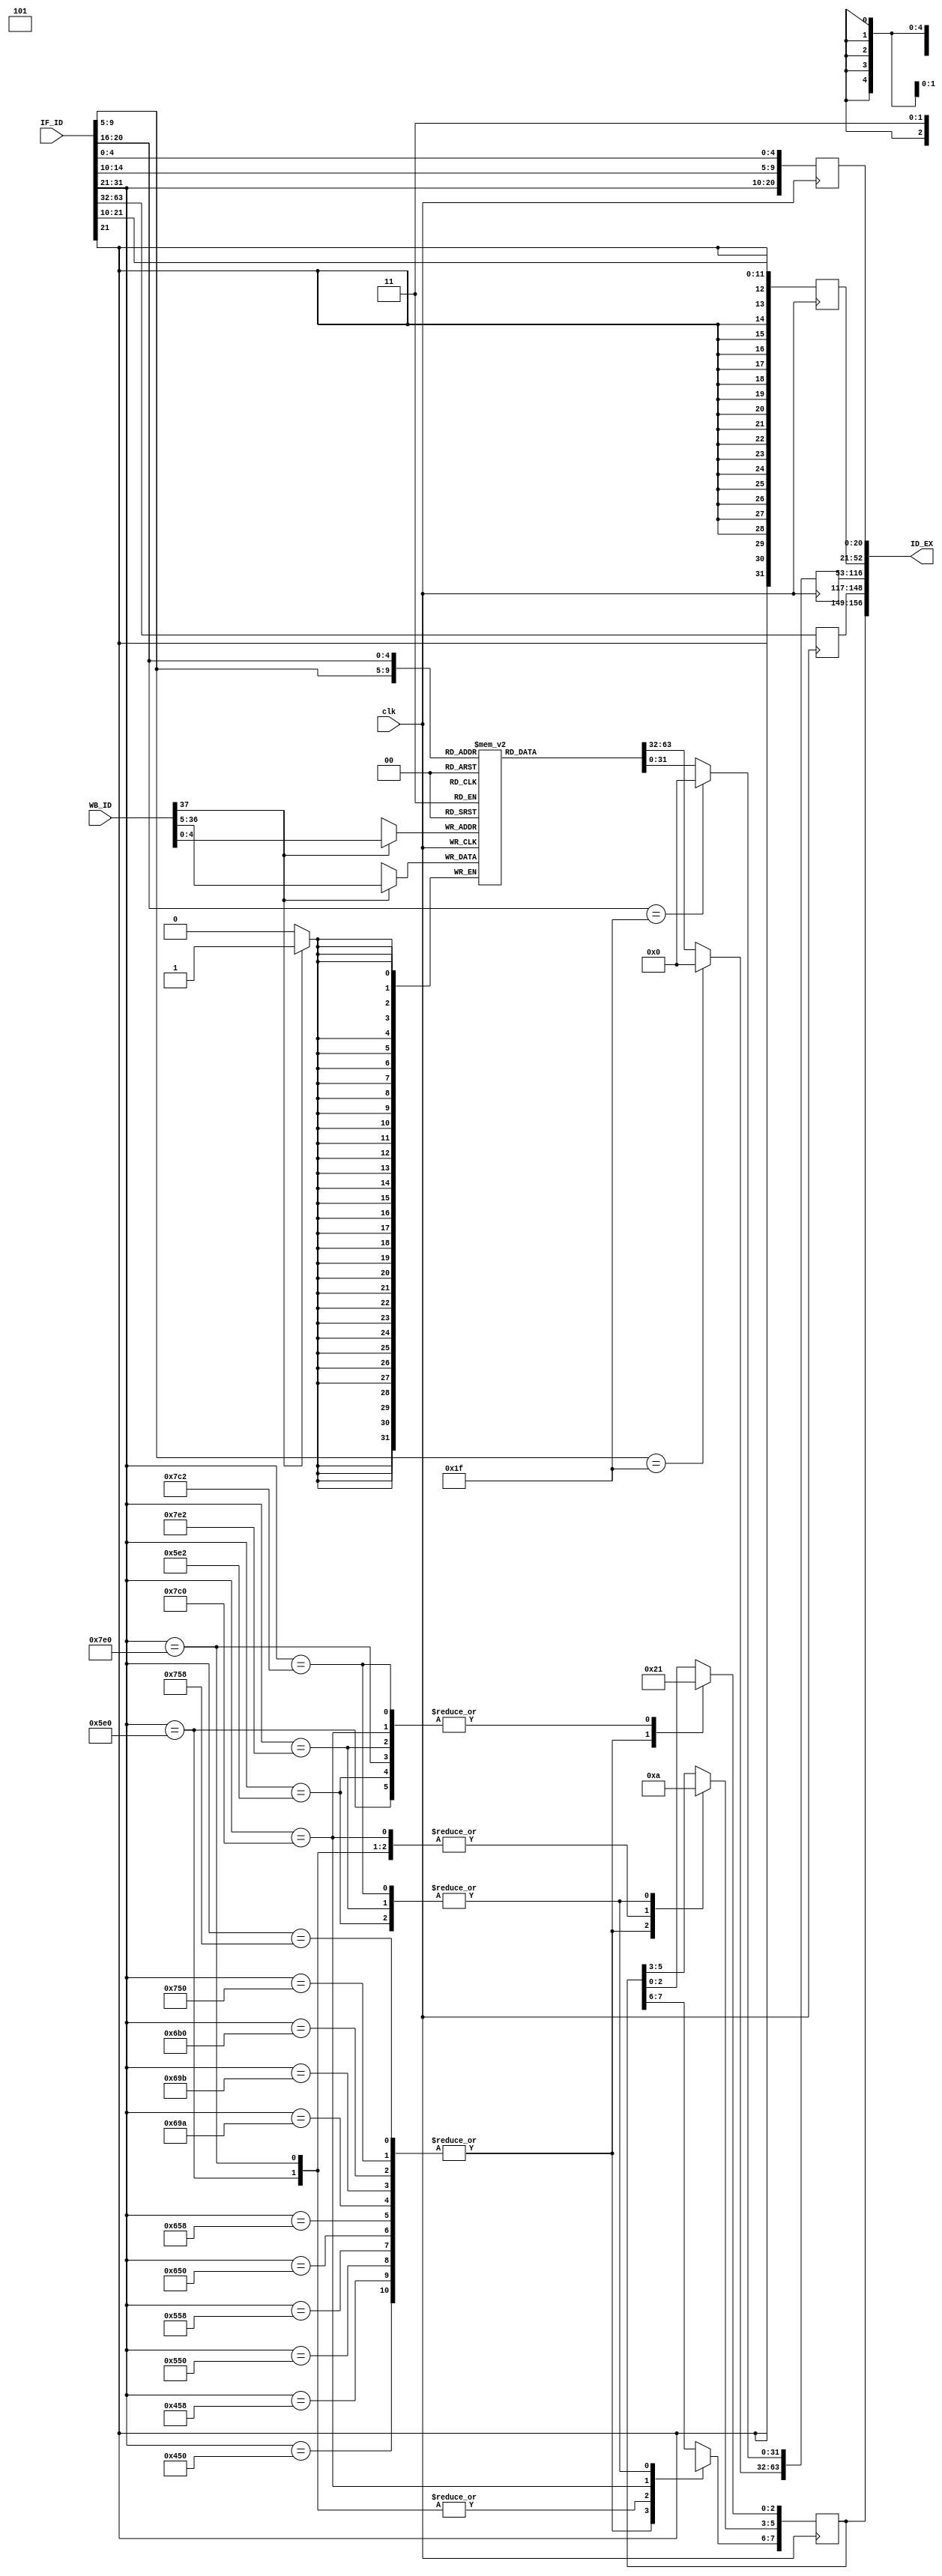
module Obsidian_Decode_Stage(ID_EX, IF_ID, WB_ID, clk);
	output reg [156:0] ID_EX;	//ID_EX[156] RegWrite line
								//ID_EX[155] MemtoReg
								//ID_EX[154] Branch
								//ID_EX[153] MemRead
								//ID_EX[152] MemWrite
								//ID_EX[151] AlUop1
								//ID_EX[150] ALUop0
								//ID_EX[149] ALUSrc
								//ID_EX[148:117] PC value used for calculating Branch address
								//ID_EX[116:85] data from address R[n]
								//ID_EX[84:53] data from address R[m]
								//ID_EX[52:21] sign-extension (going to redesign it to accomodate our needs for now
								// 			   and not follow the book)
								//ID_EX[20:10] instruction for ALU
								//ID_EX[9:5] shift amount for shifter (not included in book diagram)
								//ID_EX[4:0] destination address R[d] or R[t]							
	input [63:0]IF_ID;		//This will be the 32-bit instruction coming into the Decode Stage
							//along with passing the branch addition value
                            
    input [37:0] WB_ID;         // WB_ID[37]    RegWrite 
                                // WB_ID[36:5]  Data
                                // WB_ID[4:0]   Write address

    
	input clk;
	
	
	//----------------------------------------------------------
	//GENERAL PURPOSE REGISTER
	reg [31:0] GPR [0:30];
	
	initial
		begin
		GPR[0] = 32'h0000_0001;
		GPR[1] = 32'h0000_0002;
		GPR[2] = 32'h0000_0003;
		end
	
	always @ (posedge clk)
	begin
		ID_EX[116:85] <= (IF_ID[9:5] == 31) ? 0 : GPR[IF_ID[9:5]];   //R[n] (Read Register 1)
		ID_EX[84:53] <= (IF_ID[20:16] == 31) ? 0 : GPR[IF_ID[20:16]];	//R[m] (Read Register 2)
		
		//Reg2Loc is IF_ID[28] for determining D and CB commands
        // if (IF_ID[28] == 0)  
        // begin                                
            // ID_EX[84:53] <= (IF_ID[20:16] == 31) ? 0 : GPR[IF_ID[20:16]];	//R[m] (Read Register 2)
        // end
        // if(IF_ID[28] == 1)
		// begin
            // ID_EX[84:53] <= (IF_ID[20:16] == 31) ? 0 : GPR[IF_ID[4:0]];     //R[t] 
        // end
        
	end
	//----------------------------------------------------------
	
	
	//----------------------------------------------------------
	//GPR WRITE BACK FROM WRITEBACK Stage
	always @ (posedge clk)
	begin
        if (WB_ID[37] == 1)
		begin																
            GPR[WB_ID[4:0]] <= WB_ID[36:5];
			$display("GPR is %b", GPR[WB_ID[4:0]]);
		end
	end
	//----------------------------------------------------------
	
	

	
	//----------------------------------------------------------
	//CONTROL UNIT
	//This will determine the control settings for the 8 MSB in ID_EX
	always @ (posedge clk)
	begin
		//*****R-TYPE COMMANDS********************
		casex(IF_ID[31:21])
			11'h450:begin					//AND
			ID_EX[156:155] <= 2'b10; 		//RegWrite is HIGH - MemtoReg is LOW														
			ID_EX[154:152] <= 3'b000;		//Branch is LOW - MemRead is LOW - MemWrite is LOW														
			ID_EX[151:149] <= 3'b100;		//ALUop1 is HIGH - ALUop0 is LOW - ALUSrc is LOW														
			end
	
			11'h458:begin					//ADD
			ID_EX[156:155] <= 2'b10; 		//RegWrite is HIGH - MemtoReg is LOW												
			ID_EX[154:152] <= 3'b000;		//Branch is LOW - MemRead is LOW - MemWrite is LOW												
			ID_EX[151:149] <= 3'b100;		//ALUop1 is HIGH - ALUop0 is LOW - ALUSrc is LOW												
			end
			
			11'h550:begin					//ORR
			ID_EX[156:155] <= 2'b10; 		//RegWrite is HIGH - MemtoReg is LOW															
			ID_EX[154:152] <= 3'b000;		//Branch is LOW - MemRead is LOW - MemWrite is LOW															 
			ID_EX[151:149] <= 3'b100;		//ALUop1 is HIGH - ALUop0 is LOW - ALUSrc is LOW															
			end

			11'h558:begin					//ADDS
			ID_EX[156:155] <= 2'b10;		//RegWrite is HIGH - MemtoReg is LOW
			ID_EX[154:152] <= 3'b000;		//Branch is LOW - MemRead is LOW - MemWrite is LOW
			ID_EX[151:149] <= 3'b100;		//ALUop1 is HIGH - ALUop0 is LOW - ALUSrc is LOW
			end
			
			11'h5E0:begin					//STURS - Store Word
			ID_EX[156:155] <= 2'b1X;		//RegWrite is HIGH - MemtoReg is DON'T CARE as this is a store command
			ID_EX[154:152] <= 3'b001;		//Branch is LOW - MemRead is low - MemWrite is HIGH
			ID_EX[151:149] <= 3'b001;		//ALUop1 is LOW - ALUop0 is LOW - ALUSrc is HIGH
			end
			
			11'h5E2:begin					//LDURS - Load Word
			ID_EX[156:155] <= 2'b11;		//RegWrite is HIGH - MemtoReg is HIGH
			ID_EX[154:152] <= 3'b010;		//Branch is LOW - MemRead is HIGH - MemWrite is LOW
			ID_EX[151:149] <= 3'b001;		//ALUop1 is LOW - ALUop0 is LOW - ALUSrc is HIGH
			end
			
			11'h650:begin					//EOR (XOR) - Exclusive
			ID_EX[156:155] <= 2'b10;  		//RegWrite is HIGH - MemtoReg is LOW													
			ID_EX[154:152] <= 3'b000; 		//Branch is LOW - MemRead is LOW - MemWrite is LOW													 
			ID_EX[151:149] <= 3'b100; 		//ALUop1 is HIGH - ALUop0 is LOW - ALUSrc is LOW													 
			end
					
			11'h658:begin					//SUB - Subtract
			ID_EX[156:155] <= 2'b10;  		//RegWrite is HIGH - MemtoReg is LOW				
			ID_EX[154:152] <= 3'b000; 		//Branch is LOW - MemRead is LOW - MemWrite is LOW
			ID_EX[151:149] <= 3'b100; 		//ALUop1 is HIGH - ALUop0 is LOW - ALUSrc is LOW	
			end
			
			11'h69A:begin					//LSR - Logic Shift Right
			ID_EX[156:155] <= 2'b10;  		//RegWrite is HIGH - MemtoReg is LOW				
			ID_EX[154:152] <= 3'b000; 		//Branch is LOW - MemRead is LOW - MemWrite is LOW
			ID_EX[151:149] <= 3'b100; 		//ALUop1 is HIGH - ALUop0 is LOW - ALUSrc is LOW	
			end
			
			11'h69B:begin					//LSL - Logic Shift Left
			ID_EX[156:155] <= 2'b10;  		//RegWrite is HIGH - MemtoReg is LOW				
			ID_EX[154:152] <= 3'b000; 		//Branch is LOW - MemRead is LOW - MemWrite is LOW
			ID_EX[151:149] <= 3'b100; 		//ALUop1 is HIGH - ALUop0 is LOW - ALUSrc is LOW	
			end
			
			11'h6B0:begin					//BR - Branch to Register
			ID_EX[156:155] <= 2'b10;  		//RegWrite is HIGH - MemtoReg is LOW				
			ID_EX[154:152] <= 3'b000; 		//Branch is LOW - MemRead is LOW - MemWrite is LOW
			ID_EX[151:149] <= 3'b100; 		//ALUop1 is HIGH - ALUop0 is LOW - ALUSrc is LOW	
			end
			
			11'h750:begin					//ANDS
			ID_EX[156:155] <= 2'b10;  		//RegWrite is HIGH - MemtoReg is LOW				
			ID_EX[154:152] <= 3'b000; 		//Branch is LOW - MemRead is LOW - MemWrite is LOW
			ID_EX[151:149] <= 3'b100; 		//ALUop1 is HIGH - ALUop0 is LOW - ALUSrc is LOW	
			end
			
			11'h758:begin					//SUBS
			ID_EX[156:155] <= 2'b10;  		//RegWrite is HIGH - MemtoReg is LOW				
			ID_EX[154:152] <= 3'b000; 		//Branch is LOW - MemRead is LOW - MemWrite is LOW
			ID_EX[151:149] <= 3'b100; 		//ALUop1 is HIGH - ALUop0 is LOW - ALUSrc is LOW	
			end
			
			11'h7E0:begin					//STURD
			ID_EX[156:155] <= 2'b1X; 		//RegWrite is HIGH - MemtoReg is DON'T CARE as this is a store command
			ID_EX[154:152] <= 3'b001; 		//Branch is LOW - MemRead is low - MemWrite is HIGH
			ID_EX[151:149] <= 3'b001; 		//ALUop1 is LOW - ALUop0 is LOW - ALUSrc is HIGH
			end
			
			11'h7E2:begin					//LDURD
			ID_EX[156:155] <= 2'b11;		//RegWrite is HIGH - MemtoReg is HIGH
			ID_EX[154:152] <= 3'b010; 		//Branch is LOW - MemRead is HIGH - MemWrite is LOW
			ID_EX[151:149] <= 3'b001; 		//ALUop1 is LOW - ALUop0 is LOW - ALUSrc is HIGH
			end
			
		//*****I-TYPE COMMANDS********************
			// 11'h488:begin
			// 11'h489:begin
			
		//*****D-TYPE COMMANDS********************
			11'h7C0:begin					//STUR
			ID_EX[156:155] <= 2'b0X;		//RegWrite is LOW - MemtoReg is DON'T CARE
			ID_EX[154:152] <= 3'b001;		//Branch is LOW - MemRead is LOW - MemWrite is HIGH
			ID_EX[151:149] <= 3'b001;		//ALUop1 is LOW - ALUop0 is LOW - ALUSrc is HIGH
			end
			
			11'h7C2:begin					//LDUR
			ID_EX[156:155] <= 2'b11;		//RegWrite is LOW - MemtoReg is HIGH
			ID_EX[154:152] <= 3'b010;		//Branch is LOW - MemRead is HIGH - MemWrite is LOW
			ID_EX[151:149] <= 3'b001;		//ALUop1 is LOW - ALUop0 is LOW - ALUSrc is HIGH
			end
		endcase
	end
	
	//SIGN EXTENSION
	//----------------------------------------------------------
	always @ (posedge clk)
	begin
		ID_EX[52:21] <= {{20{IF_ID[21]}}, IF_ID[21:10]};	//this is extending the sign associated 
	end														//with the MSB ID_EX[21]
															
	
	//----------------------------------------------------------	
	

	//BITS THAT JUST NEEED TO BE PASSED
	//----------------------------------------------------------
	always @ (posedge clk)
	begin
		ID_EX[148:117] <= IF_ID[63:32]; //passing the value needed for branch calculation
		ID_EX[20:10] <= IF_ID[31:21];	//opcode for ALU control
		ID_EX[9:5] <= IF_ID[15:10];		//shift amount being passed
		ID_EX[4:0] <= IF_ID[4:0];		//Destination Address
	end
	
	
	
	
	
	
endmodule